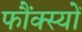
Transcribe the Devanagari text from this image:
फौंक्स्यों